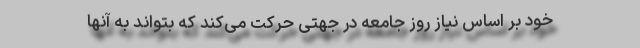
خود بر اساس نیاز روز جامعه در جهتی حرکت می‌کند که بتواند به آنها